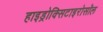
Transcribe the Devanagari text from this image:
हाइड्रोक्सिटाइरोसॉल